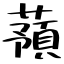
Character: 蕷